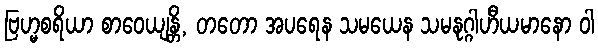
ဗြဟ္မစရိယာ စာဝေယျန္တိ, တတော အပရေန သမယေန သမနုဂ္ဂါဟီယမာနော ဝါ